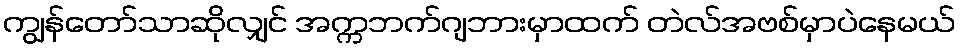
ကျွန်တော်သာဆိုလျှင် အက္ကဘက်ဂျဘားမှာထက် တဲလ်အဗစ်မှာပဲနေမယ်